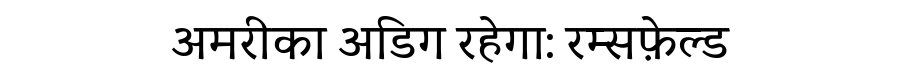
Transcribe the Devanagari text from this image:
अमरीका अडिग रहेगा: रम्सफ़ेल्ड